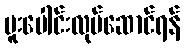
ပူးပေါင်းလုပ်ဆောင်ရန်